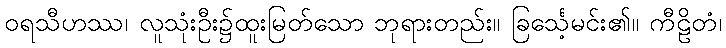
ဝရသီဟဿ၊ လူသုံးဦး၌ထူးမြတ်သော ဘုရားတည်း။ ခြင်္သေ့မင်း၏။ ကီဠိတံ၊